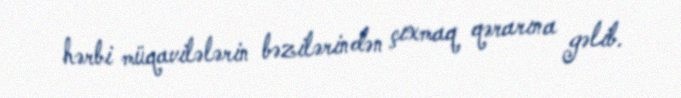
hərbi müqavilələrin bəzilərindən çıxmaq qərarına gəlib.